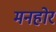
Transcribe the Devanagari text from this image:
मनहोर